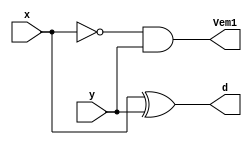
// -------------------------------------
// Guia 05_02 - Diferenca Completa 3 bits
// Nome: Ludmily Caldeira da Silva
// -------------------------------------

// -------------------------------
// -- Diferenca Completa 3 bits
// -------------------------------

module MD (d, Vem1, x, y);

output d, Vem1;
input x, y;

xor XOR1 (d, x, y);
and AND1 (Vem1, ~x, y);

endmodule // MD

module DC (d1, Vem1out, Vem1in, x1, y1);

output d1, Vem1out; 
input x1, y1, Vem1in;
wire t1, t2, t3;

MD MD1 (t1, t2, x1, y1);
MD MD2 (d1, t3, t1, Vem1in);
or OR1 (Vem1out, t3, t2);

endmodule // DC

module DC3B (diferenca, Vem1, a, b);

output [2:0]diferenca;
output Vem1;
input [2:0]a;
input [2:0]b;
wire v0, v1;

MD MD1(diferenca[0], v0, a[0], b[0]);
DC DC1 (diferenca[1], v1, v0, a[1], b[1]);
DC DC2(diferenca[2], Vem1, v1, a[2], b[2]);

endmodule // DC3B

// ---------------------------
// -- test Diferenca completa
// ---------------------------

module testDC3B;

reg [2:0]x;
reg [2:0] y;
wire [2:0]d;
wire Vem1;
integer j, k, linha;

// instancia
DC3B DC3B1 (d, Vem1, x, y);

// parte principal
 initial begin

x = 0;
y = 0;
j = 0;

end

 initial begin
      $display("\nguia05_02 - Ludmily Caldeira da Silva - 417290\n");
      $display("Test Diferenca Completa 3 bits\n");
      $display("\n        a      b    Vem1  diferenca\n");
		
      $monitor("       %3b    %3b     %b     %3b" , x, y, Vem1, d);
		
		for (j = 0; j < 8; j = j + 1) begin
					
			#1 x = j; 
								
				for (k = 0; k < 8; k = k + 1) begin
		
					#1 y = k;
					
			   end
		
	   end
				
  end
 
endmodule // testDC3B 

/* Resultados obtidos
    
     ----jGRASP exec: vvp guia05-02.vvp
    
    
    guia05_02 - Ludmily Caldeira da Silva - 417290
    
    Test Diferenca Completa 3 bits
    
    
            a      b    Vem1  diferenca
    
           000    000     0     000
           000    001     1     111
           000    010     1     110
           000    011     1     101
           000    100     1     100
           000    101     1     011
           000    110     1     010
           000    111     1     001
           001    111     1     010
           001    000     0     001
           001    001     0     000
           001    010     1     111
           001    011     1     110
           001    100     1     101
           001    101     1     100
           001    110     1     011
           001    111     1     010
           010    111     1     011
           010    000     0     010
           010    001     0     001
           010    010     0     000
           010    011     1     111
           010    100     1     110
           010    101     1     101
           010    110     1     100
           010    111     1     011
           011    111     1     100
           011    000     0     011
           011    001     0     010
           011    010     0     001
           011    011     0     000
           011    100     1     111
           011    101     1     110
           011    110     1     101
           011    111     1     100
           100    111     1     101
           100    000     0     100
           100    001     0     011
           100    010     0     010
           100    011     0     001
           100    100     0     000
           100    101     1     111
           100    110     1     110
           100    111     1     101
           101    111     1     110
           101    000     0     101
           101    001     0     100
           101    010     0     011
           101    011     0     010
           101    100     0     001
           101    101     0     000
           101    110     1     111
           101    111     1     110
           110    111     1     111
           110    000     0     110
           110    001     0     101
           110    010     0     100
           110    011     0     011
           110    100     0     010
           110    101     0     001
           110    110     0     000
           110    111     1     111
           111    111     0     000
           111    000     0     111
           111    001     0     110
           111    010     0     101
           111    011     0     100
           111    100     0     011
           111    101     0     010
           111    110     0     001
           111    111     0     000
    
     ----jGRASP: operation complete.
       */